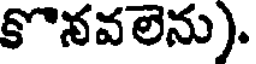
కొనవలెను).